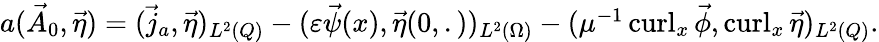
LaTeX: \begin{array}{r}{a(\vec{A}_{0},\vec{\eta})=(\vec{j}_{a},\vec{\eta})_{L^{2}(Q)}-(\varepsilon\vec{\psi}(x),\vec{\eta}(0,.))_{L^{2}(\Omega)}-(\mu^{-1}\operatorname{curl}_{x}\vec{\phi},\operatorname{curl}_{x}\vec{\eta})_{L^{2}(Q)}.}\end{array}